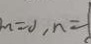
m = 0 , n = 1